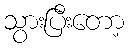
သွားပြီးတော့